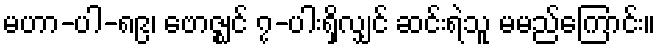
မဟာ-ပါ-၈၉၊ ဗောဇ္ဈင် ၇-ပါးရှိလျှင် ဆင်းရဲသူ မမည်ကြောင်း။